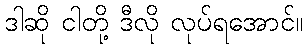
ဒါဆို ငါတို့ ဒီလို လုပ်ရအောင်။